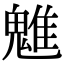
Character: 魋